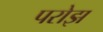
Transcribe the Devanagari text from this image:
परोझ